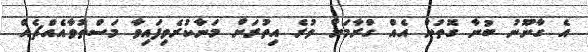
އެ ގާނޫނު ބުނާ ގޮތުން އެއް ގްރާމަށް ވުރެ އިތުރަށް މަނާކުރެވިފައިވާ މަސްތުވާއެއްޗެއް